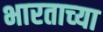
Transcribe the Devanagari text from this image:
भारताच्‍या